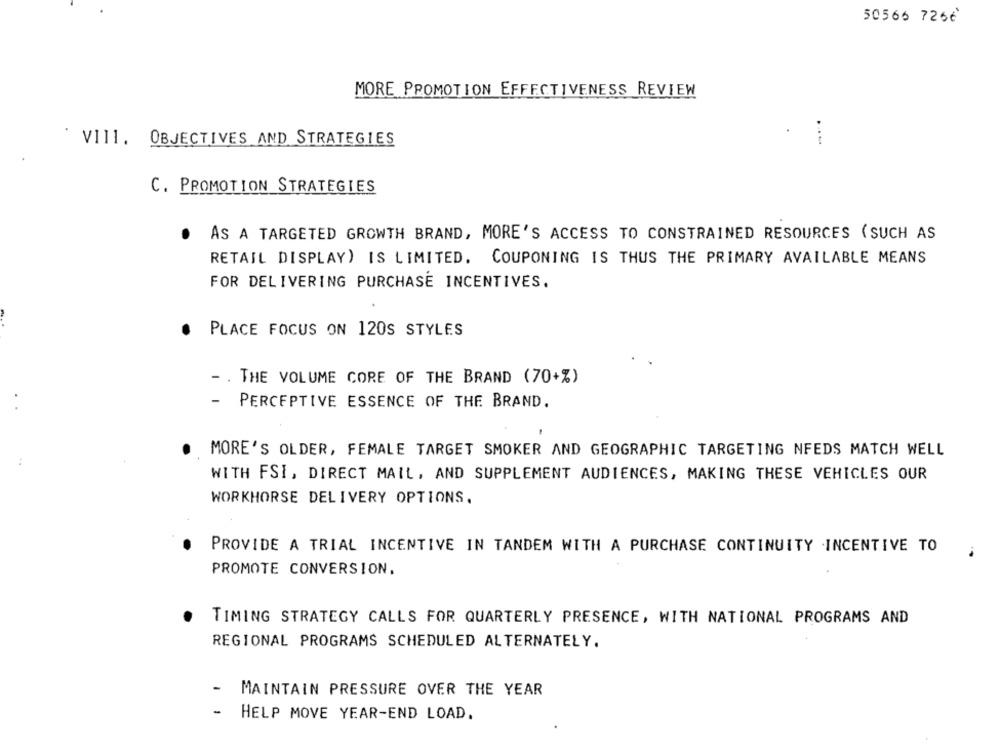
50566 7266
MORE PROMOTION EFFECTIVENESS REVIEW
VIII. OBJECTIVES AND STRATEGIES
C. PROMOTION STRATEGIES
AS A TARGETED GROWTH BRAND, MORE'S ACCESS TO CONSTRAINED RESOURCES (SUCH AS
RETAIL DISPLAY) IS LIMITED. COUPONING IS THUS THE PRIMARY AVAILABLE MEANS
FOR DELIVERING PURCHASE INCENTIVES.
PLACE FOCUS ON 120S STYLES
. THE VOLUME CORE OF THE BRAND (70+%)
-
PERCEPTIVE ESSENCE OF THE BRAND.
MORE'S OLDER, FEMALE TARGET SMOKER AND GEOGRAPHIC TARGETING NFEDS MATCH WELL
WITH FSI, DIRECT MAIL, AND SUPPLEMENT AUDIENCES, MAKING THESE VEHICLES OUR
WORKHORSE DELIVERY OPTIONS.
PROVIDE A TRIAL INCENTIVE IN TANDEM WITH A PURCHASE CONTINUITY INCENTIVE TO
PROMOTE CONVERSION.
TIMING STRATEGY CALLS FOR QUARTERLY PRESENCE, WITH NATIONAL PROGRAMS AND
REGIONAL PROGRAMS SCHEDULED ALTERNATELY.
MAINTAIN PRESSURE OVER THE YEAR
- HELP MOVE YEAR-END LOAD.